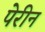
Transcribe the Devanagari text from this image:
पेरीन